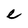
Character: e